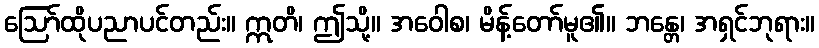
ဩော်ထိုပညာပင်တည်း။ ဣတိ၊ ဤသို့။ အဝေါစ၊ မိန့်တော်မူ၏။ ဘန္တေ၊ အရှင်ဘုရား။